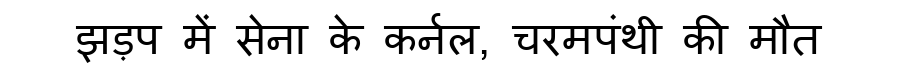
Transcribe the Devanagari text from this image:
झड़प में सेना के कर्नल, चरमपंथी की मौत